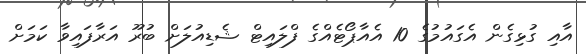
އާއި ގުޅިގެން އެގައުމުގެ 10 އެއާޕޯޓެއްގެ ފްލައިޓް ޝެޑިއުލަށް ބުރޫ އަރާފައިވާ ކަމަށް